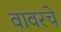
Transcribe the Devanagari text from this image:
वावरचे